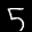
Label: 5